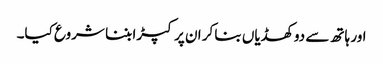
اور ہاتھ سے دو کھڈیاں بنا کر ان پر کپڑا بننا شروع کیا۔